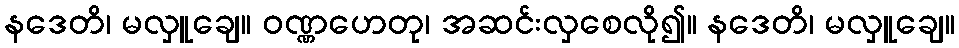
နဒေတိ၊ မလှူချေ။ ဝဏ္ဏဟေတု၊ အဆင်းလှစေလို၍။ နဒေတိ၊ မလှူချေ။